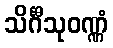
သိင်္ဂီသုဝဏ္ဏံ